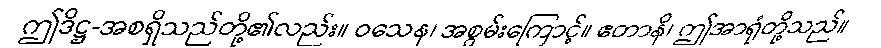
ဤဒိဋ္ဌ-အစရှိသည်တို့၏လည်း။ ဝသေန၊ အစွမ်းကြောင့်။ ဧတာနိ၊ ဤအာရုံတို့သည်။